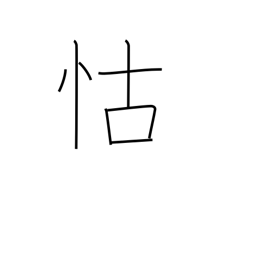
Meaning: depend